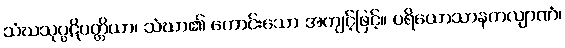
သံဃသုပ္ပဋိပတ္တိယာ၊ သံဃာ၏ ကောင်းသော အကျင့်ဖြင့်။ ပရိယောသာနကလျာဏံ၊